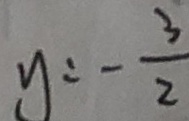
y = - \frac { 3 } { 2 }